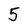
Character: 5